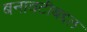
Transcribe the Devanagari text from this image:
बनावटीबद्दल